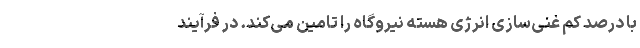
با درصد کم غنی‌سازی انرژی هسته نیروگاه را تامین می‌کند. در فرآیند